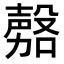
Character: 𭮾